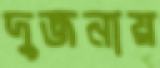
দুজনায়